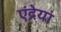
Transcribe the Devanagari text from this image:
एंद्रेया